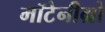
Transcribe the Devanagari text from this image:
मॉटेनीग्रो